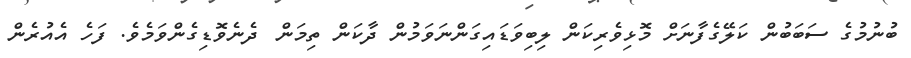
ބުނުމުގެ ސަބަބުން ކަލޭގެފާނަށް މޮޅިވެރިކަން ލިބިވަޑައިގަންނަވަމުން ދާކަން ތިމަން  ދެނެވޮޑިގެންވަމެވެ. ފަހެ އެއުރެން